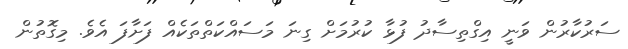
ސަރުކާރުން ވަނީ އިގްތިސާދު ފުޅާ ކުރުމަށް ގިނަ މަސައްކަތްތަކެއް ފަށާފަ އެވެ. މިގޮތުން